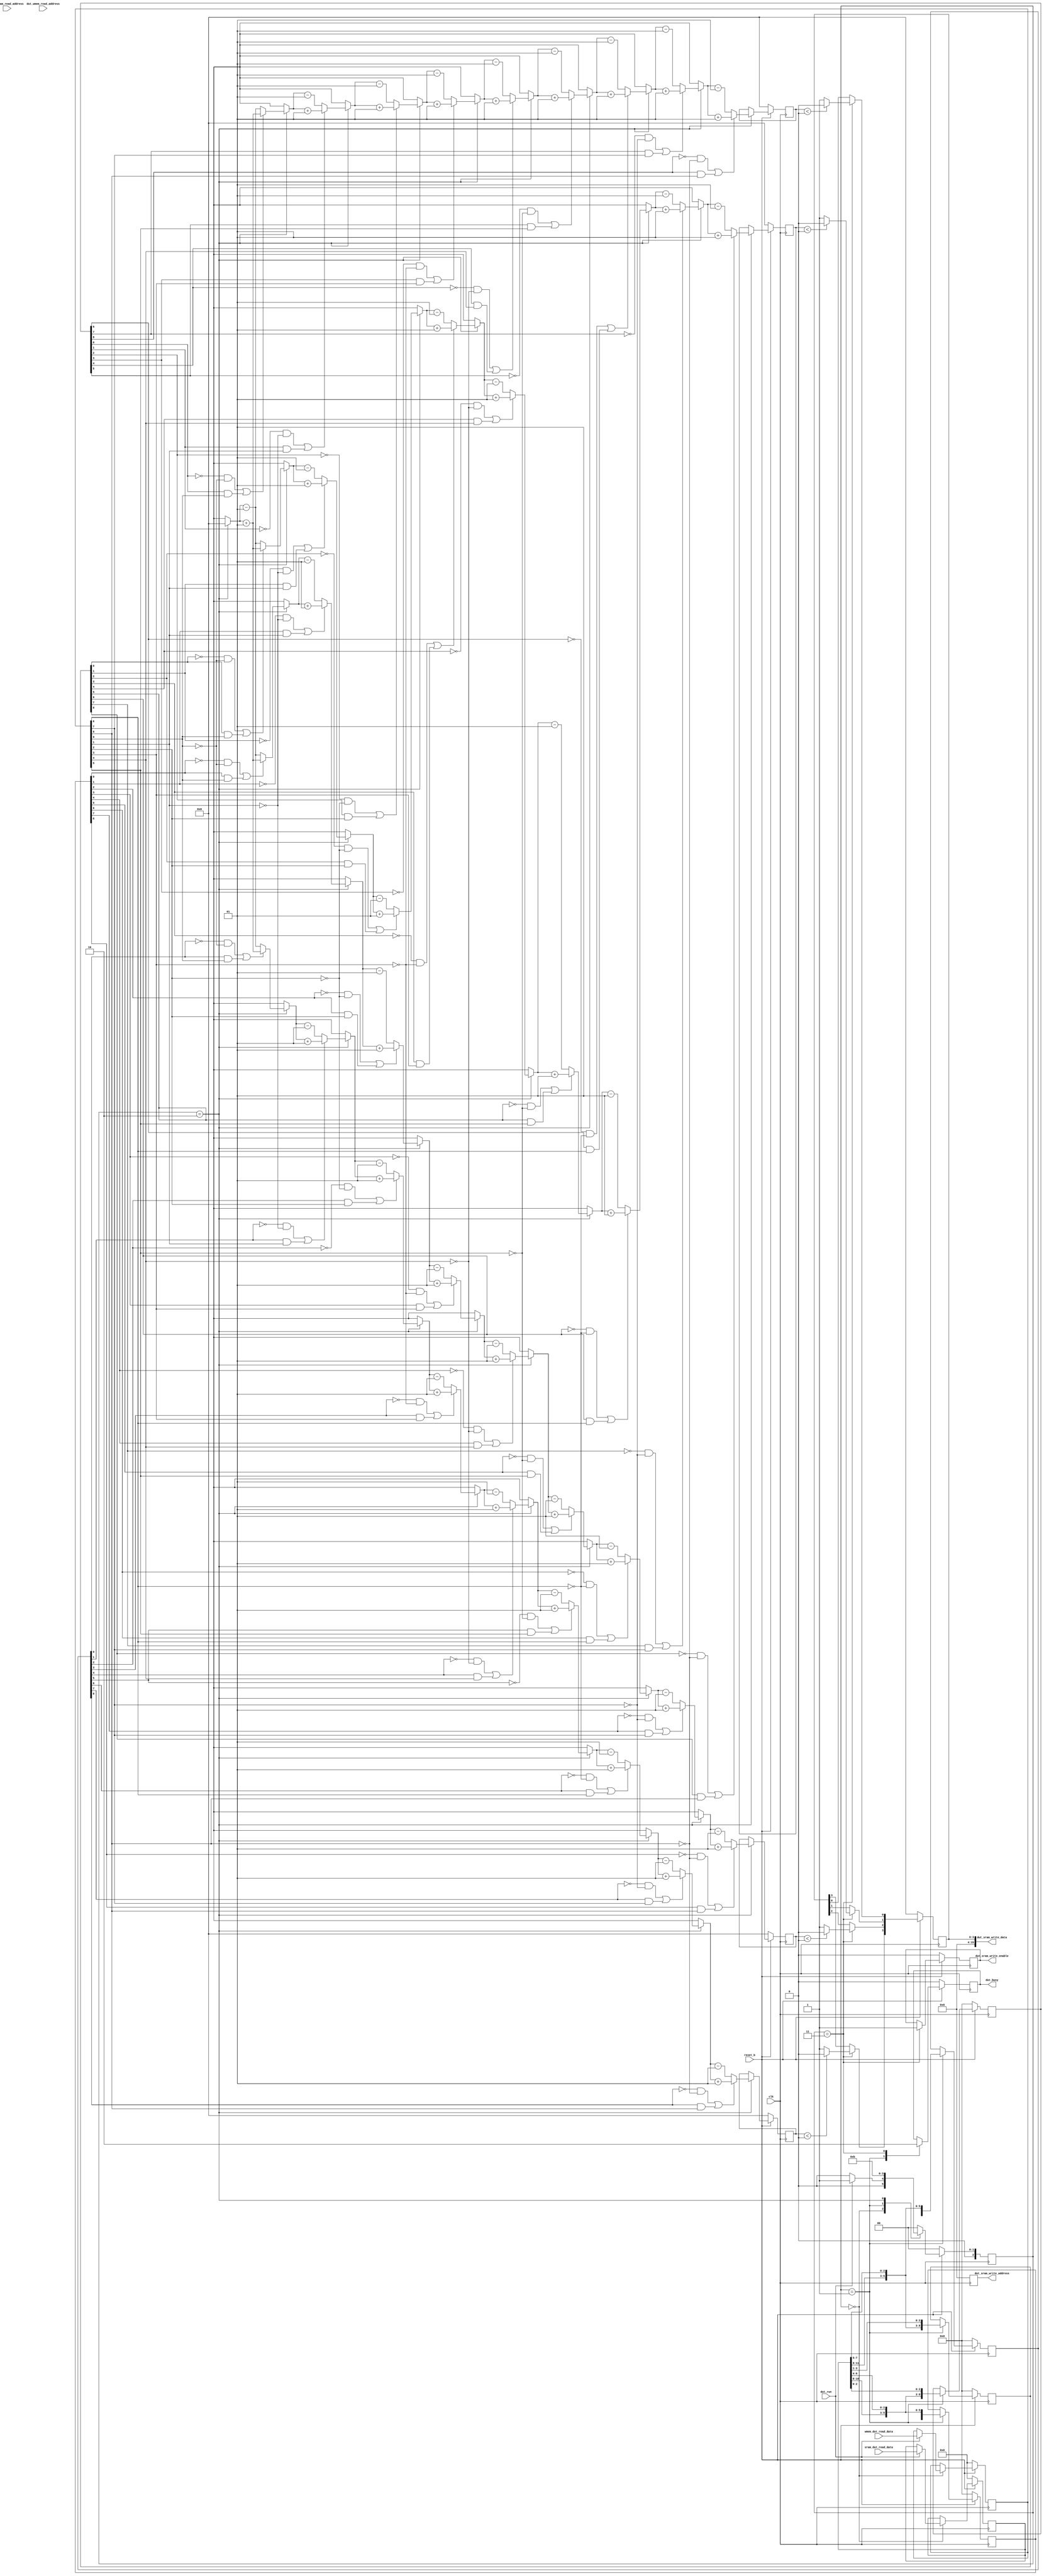
// Melvin Orichi Socana
// November 17, 2021
// Single Stage Convolution

module MyDesign (input dut_run, input reset_b, input clk, output dut_busy,									// CONTROL SIGNALS
		input [11:0] dut_sram_read_address, input [15:0] sram_dut_read_data,						// INPUT SRAM
		input [11:0] dut_wmem_read_address, input [15:0] wmem_dut_read_data, 						// WEIGHT SRAM
		output [11:0] dut_sram_write_address, output [15:0] dut_sram_write_data, output dut_sram_write_enable);		// OUTPUT SRAM

	// State Machine Control
	parameter S0 = 2'b00;
	parameter S1 = 2'b01;
	parameter S2 = 2'b10;
	parameter S3 = 2'b11;
	reg [2:0] state, next_state;

	// Intermediate Values for final outputs
	reg next_busy, buzz;
	reg [3:0] feature_map, next_feature_map;

	reg signed [3:0] plh1, plh2, plh3, plh4, next_plh1, next_plh2, next_plh3, next_plh4;		// Intermediate value for feature output
	reg [8:0] in1, in2, in3, in4, next_in1, next_in2, next_in3, next_in4;				// Truncated matrices to perform hadamard products in	
		
	reg [15:0] weight, next_weight, in, next_in;

	reg write, next_write;

	reg [11:0] w_addr, i_addr, r_addr;	// Not actually needed for 464 project but included them anyways
	
	function signed [3:0] feature;
	// Iterate over all bits in 2 matrices to perform convolution. If the bit is 0, think of it as -1. If 1, leave it as +1. Then perform element wise product and constantly store result
	// O(1)
	// We are going to want to pass in the two matrices we want to perform the element wise product on. Since dimensions of both inputs are known, we can assume dimensions.
	// Not scalable
		input [8:0] A, B;
		integer N;

		for (N=0; N<=8; N=N+1) begin
			if (N == 0) feature = 0;			// used to initialize to 0, verilog has a problem with intialization in functions
			
			if ( ((A[N] == 0) && (B[N] == 0)) || ((A[N] == 1) && (B[N] == 1)) )			// Both are -1 or +1
				feature = feature + 1;
			else											// One is -1, another is +1
				feature = feature - 1;
		end
	endfunction

	always@(posedge clk) begin
		if (!reset_b) begin 
			state <= S0; 
			buzz <= 0; 
			i_addr <= 0;
			w_addr <= 0;
			r_addr <= 0;
			weight <= 0;
			write <= 0;
			in <= 0;
			in1 <= 0;
			in2 <= 0;
			in3 <= 0;
			in4 <= 0;
			plh1 <= 0;
			plh2 <= 0;
			plh3 <= 0;
			plh4 <= 0;
			feature_map <= 0;
			end
		else begin 
			state <= next_state; 
			weight <= next_weight;
			in <= next_in;
			in1 <= next_in1;
			in2 <= next_in2;
			in3 <= next_in3;
			in4 <= next_in4;
			plh1 <= next_plh1;
			plh2 <= next_plh2;
			plh3 <= next_plh3;
			plh4 <= next_plh4;
			feature_map <= next_feature_map;
			write <= next_write;
			buzz <= next_busy;

			i_addr <= 0;
			w_addr <= 0;
			r_addr <= 0;
			end
	end

	always@(*) begin
		case(state)
		S0: if (dut_run) 
				begin
				next_in = sram_dut_read_data; 
				next_weight = wmem_dut_read_data; 
				next_state = S1;

				// NO CHANGE
				next_in1 = in1;
				next_in2 = in2;
				next_in3 = in3;
				next_in4 = in4;
				next_busy = buzz;
				next_plh1 = plh1;
				next_plh2 = plh2;
				next_plh3 = plh3;
				next_plh4 = plh4;
				next_feature_map = feature_map;
				next_write = write;
				end
			else begin 
				next_state = S0;

				// NO CHANGE
				next_in = in; 
				next_weight = weight; 
				next_in1 = in1;
				next_in2 = in2;
				next_in3 = in3;
				next_in4 = in4;
				next_busy = buzz;
				next_plh1 = plh1;
				next_plh2 = plh2;
				next_plh3 = plh3;
				next_plh4 = plh4;
				next_feature_map = feature_map;
				next_write = write;
				end
		S1: 	begin 
				// GET 4 INPUT SLIDING WINDOW CONVOLUTIONS FOR FEATURE CALCULATION
				
				next_in1 = {in[10], in[9], in[8], in[6], in[5], in[4], in[2], in[1], in[0]};
				next_in2 = {in[14], in[13], in[12], in[10], in[9], in[8], in[6], in[5], in[4]};
				next_in3 = {in[11], in[10], in[9], in[7], in[6], in[5], in[3], in[2], in[1]};
				next_in4 = {in[15], in[14], in[13], in[11], in[10], in[9], in[7], in[6], in[5]};
				next_state = S2; 
				next_busy = 1;

				// No CHANGE
				next_in = in;
				next_weight = weight;
				next_plh1 = plh1;
				next_plh2 = plh2;
				next_plh3 = plh3;
				next_plh4 = plh4;
				next_feature_map = feature_map;
				next_write = write;
				end
		S2: 	begin
			// PERFORM CONVOLUTION
			// FIRST FEATURE
			next_plh1 = feature(in1, weight);
			// SECOND FEATURE
			next_plh3 = feature(in2, weight);			// note i had it in opposite order
			// THIRD FEATURE
			next_plh2 = feature(in3, weight);
			// FOURTH FEATURE
			next_plh4 = feature(in4, weight);
			next_state = S3;

			// NO CHANGE
			next_in = in;
			next_weight = weight;
			next_in1 = in1;
			next_in2 = in2;
			next_in3 = in3;
			next_in4 = in4;
			next_feature_map = feature_map;
			next_busy = buzz;
			next_write = write;
			end
		S3: 	begin
			// Final Mapping to Feature Map output
			if (plh4 < 0)		// if negative
				next_feature_map[3] = 0;
			else 
				next_feature_map[3] = 1;
			
			// NOTE: I switched plh3 with plh2 because the way I calculate convolution is from left to right first instead of top to bottom. 
			if (plh3 < 0)		// if negative
				next_feature_map[2] = 0;
			else 
				next_feature_map[2] = 1;

			if (plh2 < 0)		// if negative
				next_feature_map[1] = 0;
			else 
				next_feature_map[1] = 1;

			if (plh1 < 0)		// if negative
				next_feature_map[0] = 0;
			else 
				next_feature_map[0] = 1;

			next_write = 1;
			next_state = S0; 
			next_busy = 0;
			

			// NO CHANGE
			next_in = in;
			next_weight = weight;
			next_in1 = in1;
			next_in2 = in2;
			next_in3 = in3;
			next_in4 = in4;
			next_plh1 = plh1;
			next_plh2 = plh2;
			next_plh3 = plh3;
			next_plh4 = plh4;
			end
		default: begin
			next_in = in;
			next_in1 = in1;
			next_in2 = in2;
			next_in3 = in3;
			next_in4 = in4;
			next_plh1 = plh1;
			next_plh2 = plh2;
			next_plh3 = plh3;
			next_plh4 = plh4;
			next_write = write;
			next_state = S0;
			next_weight = weight;
			next_busy = buzz;
			next_feature_map = feature_map;
			end
		endcase
	end
	
	assign dut_wmem_read_address = r_addr;
	assign dut_sram_read_address = i_addr;
	assign dut_sram_write_address = w_addr;
	assign dut_sram_write_enable = write;

	assign dut_sram_write_data = {12'b0, feature_map};	// pad zeros to output		add flip flop? and change variable name
	assign dut_busy = buzz;

endmodule